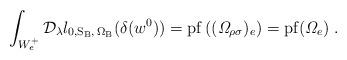
LaTeX: \begin{align*}\int_{W^+_{e}}\mathcal{D}_\lambda l_{0,\mathrm{S}_{\mathrm{B}},\,\Omega_{\mathrm{B}}}(\delta(w^0))=\mathrm{pf}\left((\mathit{\Omega}_{\rho\sigma})_e \right)=\mathrm{pf}(\mathit{\Omega}_{e})\;.\end{align*}